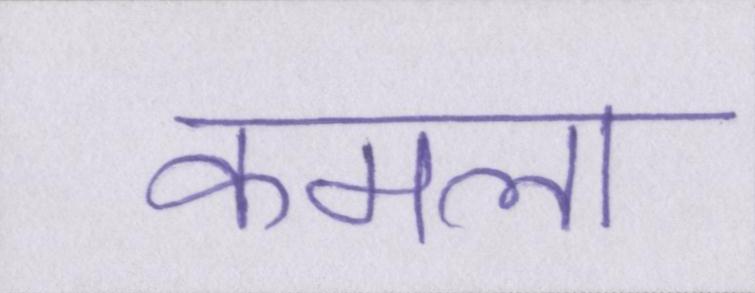
कमला